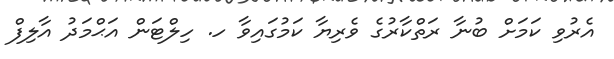
އެރުވި ކަމަށް ބުނާ ރަތްކާރުގެ ވެރިޔާ ކަމުގައިވާ ހ. ހިލްޓަން އަޙްމަދު އާލިފް